Scientific memoirs by medical officers of the Army of India - Part VI,
Year: 1891
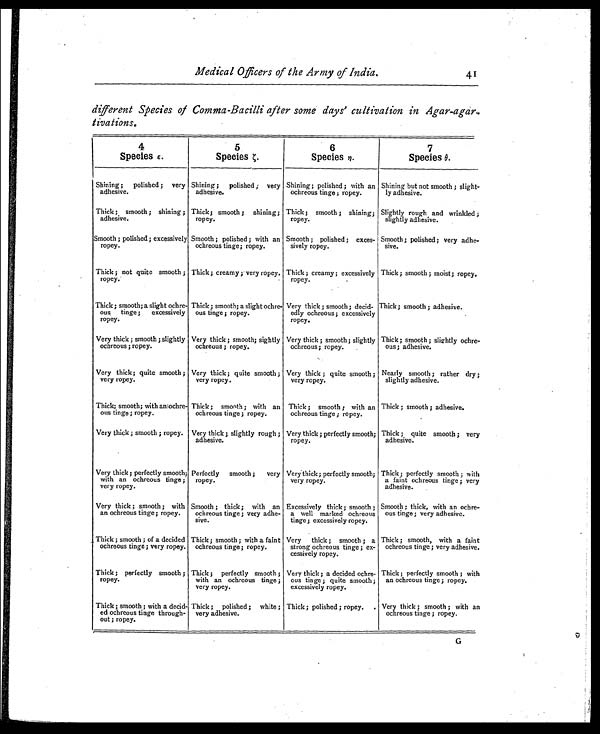
Medical Officers of the Army of India.
4
different Species of Comma-Bacilli after some days' cultivation in Agar-agar.
tivations.
4
Species ε .
5
Species ζ
6
Species η .
7
Species θ.
Shining; polished ; very
adhesive.
Shining ; polished ; very
adhesive.
Shining; polished ; with an
ochreous tinge ; ropey.
Shining but not smooth ; slight-
ly adhesive.
Thick ; smooth ; shining ;
adhesive.
Thick; smooth ; shining;
ropey.
Thick ; smooth ; shining;
ropey.
Slightly rough and wrinkled ;
slightly adhesive.
Smooth ; polished ; excessively
ropey.
Smooth ; polished ; with an
ochreous tinge; ropey.
Smooth ; polished ; exces-
sively ropey.
Smooth; polished; very adhe-
sive.
Thick ; not quite smooth ;
ropey.
Thick; creamy ; very ropey. Thick ; creamy; excessively
ropey.
Thick ; smooth ; moist; ropey.
Thick ; smooth; a slight ochre-
ous tinge ; excessively
ropey.
Thick ; smooth; a slight ochre-
ous tinge ; ropey.
Very thick ; smooth ; decid-
edly ochreous ; excessively
ropey.
Thick; smooth ; adhesive.
Very thick ; smooth ; slightly
ochreous ; ropey.
Very thick ; smooth; sightly
ochreous ; ropey.
Very thick ; smooth; slightly
ochreous ; ropey.
Thick; smooth ; slightly ochre-
ous; adhesive.
Very thick; quite smooth ;
very ropey.
Very thick; quite smooth ;
very ropey.
Very thick ; quite smooth ;
very ropey.
Nearly smooth ; rather dry ;
slightly adhesive.
Thick; smooth; with aniochre-
ous tinge ; ropey.
Thick ; smooth ; with an
ochreous tinge ; ropey.
Thick ; smooth ; with an
ochreous tinge ; ropey.
Thick ; smooth ; adhesive.
Very thick ; smooth ; ropey. Very thick ; slightly rough ;
adhesive.
Very thick ; perfectly smooth;
ropey.
Thick ; quite smooth ; very
adhesive.
Very thick ; perfectly smooth;
with an ochreous tinge ;
very ropey.
Perfectly smooth ; very
ropey.
Very thick; perfectly smooth;
very ropey.
Thick; perfectly smooth ; with
a faint ochreous tinge ; very
adhesive.
Very thick ; smooth ; with
an ochreous tinge; ropey.
Smooth ; thick ; with an
ochreous tinge ; very adhe-
sive.
Excessively thick ; smooth ;
a well marked ochreous
tinge ; excessively ropey.
Smooth ; thick, with an ochre-
ous tinge ; very adhesive.
Thick ; smooth ; of a decided
ochreous tinge ; very ropey.
Thick ; smooth ; with a faint
ochreous tinge ; ropey.
Very thick ; smooth ; a
strong ochreous tinge ; ex-
cessively ropey.
Thick ; smooth, with a faint
ochreous tinge ; very adhesive.
Thick ; perfectly smooth ;
ropey.
Thick ; perfectly smooth ;
with an ochreous tinge ;
very ropey.
Very thick ; a decided ochre-
ous tinge ; quite smooth ;
excessively ropey.
Thick ; perfectly smooth ; with
an ochreous tinge ; ropey.
Thick ; smooth ; with a decid-
ed ochreous tinge through-
out ; ropey.
Thick ; polished; white ;
very adhesive.
Thick ; polished ; ropey.
. Very thick ; smooth ; with an
ochreous tinge ; ropey.
G